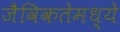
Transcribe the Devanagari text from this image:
जैविकतेमध्ये